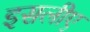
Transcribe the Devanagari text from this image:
इसलीए